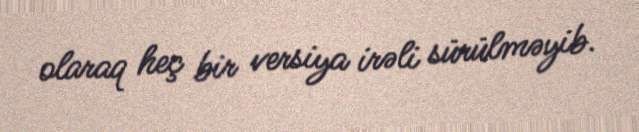
olaraq heç bir versiya irəli sürülməyib.